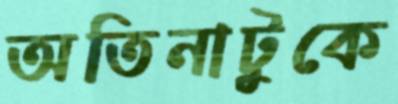
অতিনাটুকে